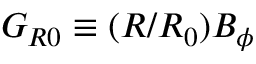
G _ { R 0 } \equiv ( R / R _ { 0 } ) B _ { \phi }